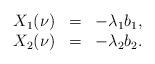
LaTeX: \begin{align*}\begin{array}{ccc} X_{1}(\nu) & = & -\lambda_{1}b_{1}, \\ X_{2}(\nu) & = & -\lambda_{2}b_{2}. \end{array}\end{align*}